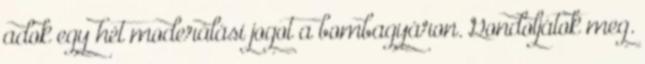
adok egy hét moderálási jogot a bombagyáron. Gondoljátok meg.